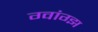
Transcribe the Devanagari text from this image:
ग्वांग्झ